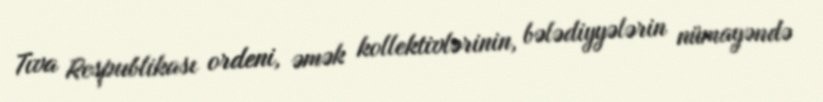
Tıva Respublikası ordeni, əmək kollektivlərinin, bələdiyyələrin nümayəndə